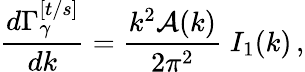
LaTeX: \frac{d\Gamma_{\gamma}^{[t/s]}}{dk}={\frac{k^{2}{\cal A}(k)}{2\pi^{2}}}\; I_{1}(k)\, ,